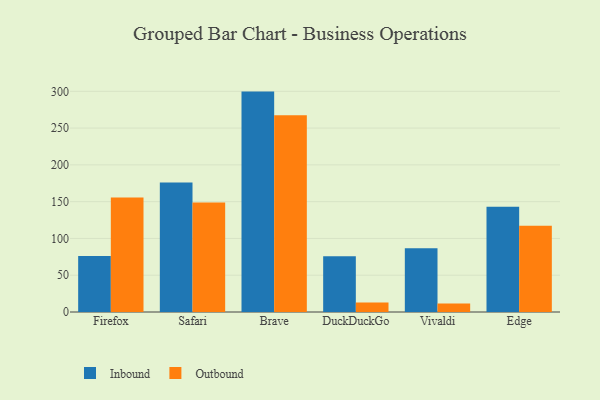
{"axis": {"x": "Browser", "y": "Gross Profit (USD K)"}, "legend": ["Inbound", "Outbound"], "data": [{"x": "Firefox", "y": 76.2, "type": "Inbound"}, {"x": "Firefox", "y": 155.5, "type": "Outbound"}, {"x": "Safari", "y": 176.2, "type": "Inbound"}, {"x": "Safari", "y": 149.0, "type": "Outbound"}, {"x": "Brave", "y": 299.6, "type": "Inbound"}, {"x": "Brave", "y": 267.3, "type": "Outbound"}, {"x": "DuckDuckGo", "y": 75.7, "type": "Inbound"}, {"x": "DuckDuckGo", "y": 13.0, "type": "Outbound"}, {"x": "Vivaldi", "y": 86.6, "type": "Inbound"}, {"x": "Vivaldi", "y": 11.6, "type": "Outbound"}, {"x": "Edge", "y": 143.2, "type": "Inbound"}, {"x": "Edge", "y": 117.2, "type": "Outbound"}]}